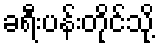
ခရီးပန်းတိုင်သို့